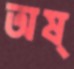
অষ্